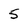
Character: 5